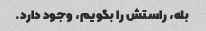
بله، راستش را بگویم، وجود دارد.